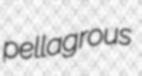
pellagrous